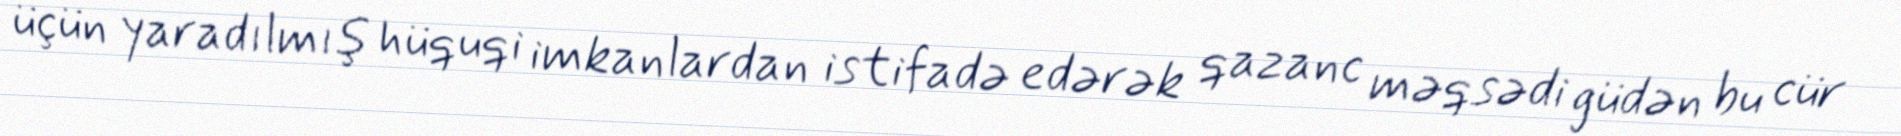
üçün yaradılmış hüquqi imkanlardan istifadə edərək qazanc məqsədi güdən bu cür